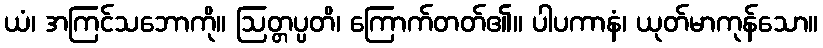
ယံ၊ အကြင်သဘောကို။ ဩတ္တပ္ပတိ၊ ကြောက်တတ်၏။ ပါပကာနံ၊ ယုတ်မာကုန်သော။